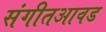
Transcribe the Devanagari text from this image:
संगीतआवड